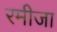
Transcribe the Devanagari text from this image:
रमीजा